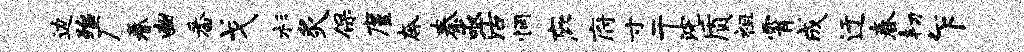
边殆广眷豳番戈杉炙保廑奔秦亟沽惘庇府寸干浣质祖霄成迂春韧乍